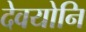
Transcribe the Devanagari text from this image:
देवयोनि